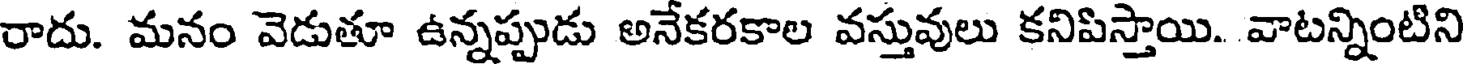
రాదు. మనం వెడుతూ ఉన్నప్పుడు అనేకరకాల వస్తువులు కనిపిస్తాయి. వాటన్నింటిని